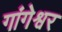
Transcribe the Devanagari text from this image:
गांगेश्वर